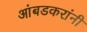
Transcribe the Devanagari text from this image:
आंबडकरांनी